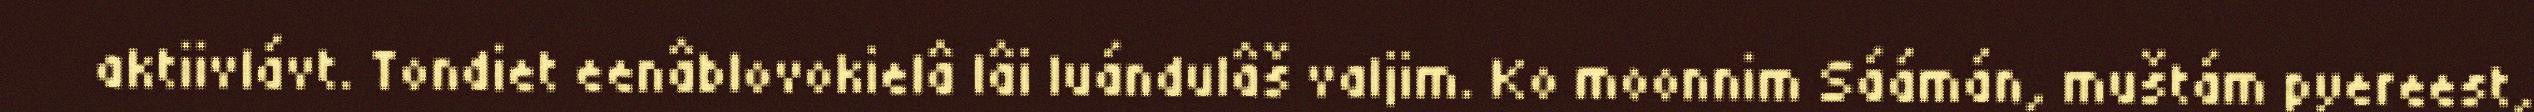
aktiivlávt. Tondiet eenâblovokielâ lâi luándulâš valjim. Ko moonnim Sáámán, muštám pyereest,